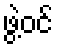
ဖွဲ့ဝင်